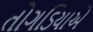
તોગડિયાએ